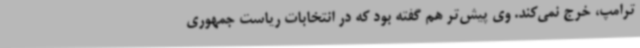
ترامپ، خرج نمی‌کند. وی پیش‌تر هم گفته بود که در انتخابات ریاست جمهوری